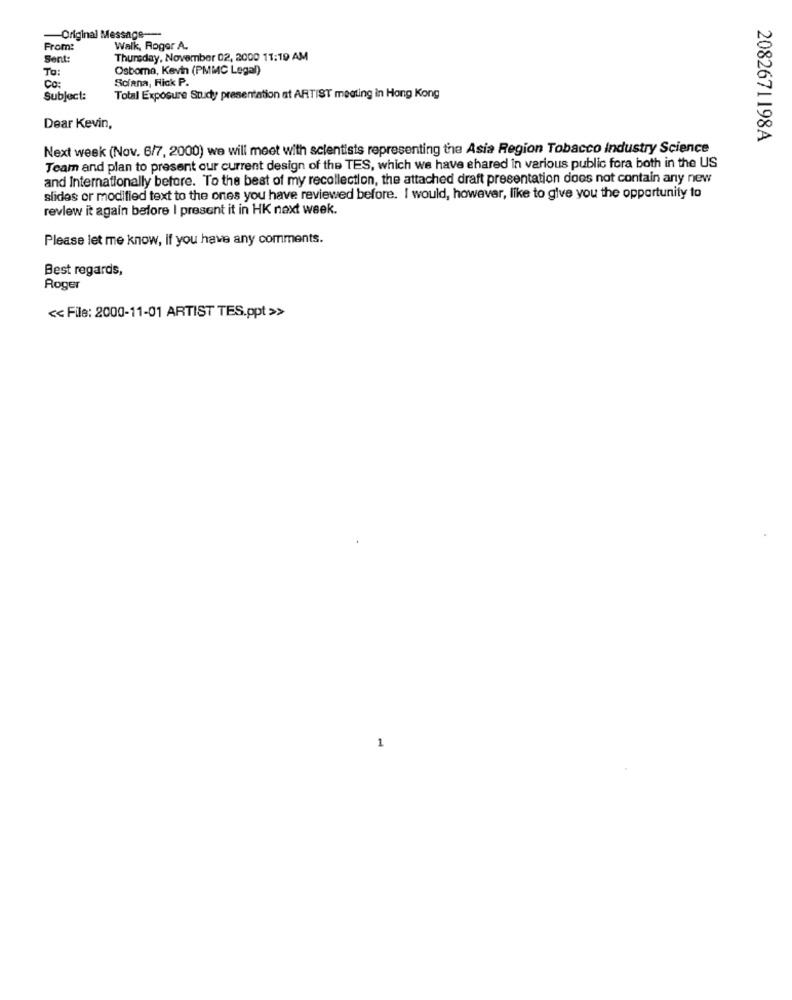
-Original Message --
From:
Walk, Roger A.
Sent:
Thursday, November 02, 2000 11:19 AM
TO:
Osborne, Kevin (PMMC Legal)
CO:
Sciana, Fick P.
Subject:
Total Exposure Study presentation at ARTIST meeting in Hong Kong
Dear Kevin,
2082671198A
Next week (Nov. 6/7, 2000) we will meet with scientists representing the Asia Region Tobacco Industry Science
Team and plan to present our current design of the TES, which we have shared in various public fora both in the US
and Internationally before. To the best of my recollection, the attached draft presentation does not contain any new
slides or modified text to the ones you have reviewed before. I would, however, like to give you the opportunity to
review it again before I present it in HK next week.
Please let me know, if you have any comments.
Best regards,
Roger
<< File: 2000-11-01 ARTIST TES.ppt >>
1